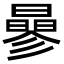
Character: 曑